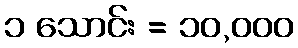
၁ သောင်း = ၁၀,၀၀၀